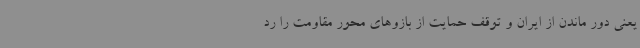
یعنی دور ماندن از ایران و توقف حمایت از بازوهای محور مقاومت را رد